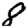
Digit: 8